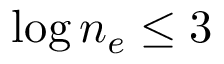
\log n _ { e } \leq 3